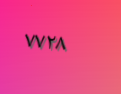
٧٧٢٨